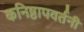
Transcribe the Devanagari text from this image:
कनिष्ठापवर्तनी